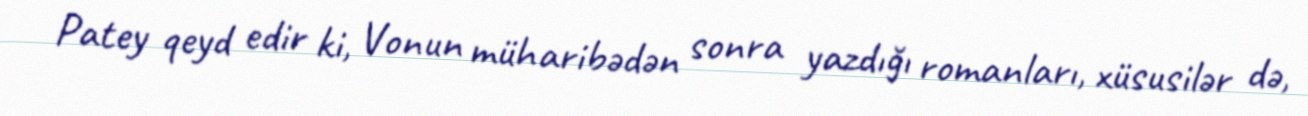
Patey qeyd edir ki, Vonun müharibədən sonra yazdığı romanları, xüsusilər də,